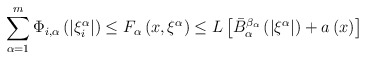
\begin{align*}\sum\limits_{\alpha =1}^{m}\Phi _{i,\alpha }\left( \left\vert \xi_{i}^{\alpha }\right\vert \right) \leq F_{\alpha }\left( x,\xi ^{\alpha}\right) \leq L\left[ \bar{B}_{\alpha }^{\beta _{\alpha }}\left( \left\vert\xi ^{\alpha }\right\vert \right) +a\left( x\right) \right] \end{align*}